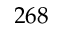
2 6 8